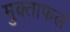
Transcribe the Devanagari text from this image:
मुक्ताफलं